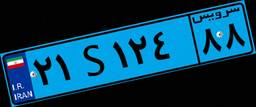
۲۱S۱۲۴۸۸